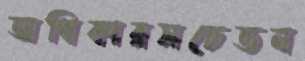
অধিকারসচেতন